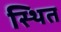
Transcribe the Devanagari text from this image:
स्थित